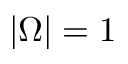
| \Omega | = 1